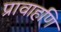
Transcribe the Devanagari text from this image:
प्रावाहणि